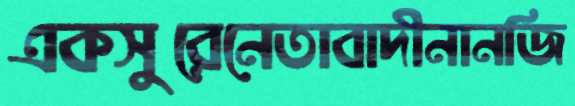
একসুরেনেতাবাদীনানজি